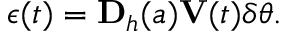
\boldsymbol { \epsilon } ( t ) = \mathbf { D } _ { \boldsymbol { h } } ( \boldsymbol { a } ) \mathbf { V } ( t ) \delta \boldsymbol { \theta } .